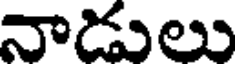
నాడులు